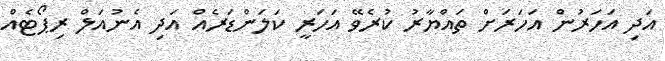
އަދި އަހަރުން އަހަރަށް ތައްޔާރު ކުރެވޭ އަހަރީ ކަލަންޑަރެއް އަދި އެނުއަލް ރިޕޯޓެއް